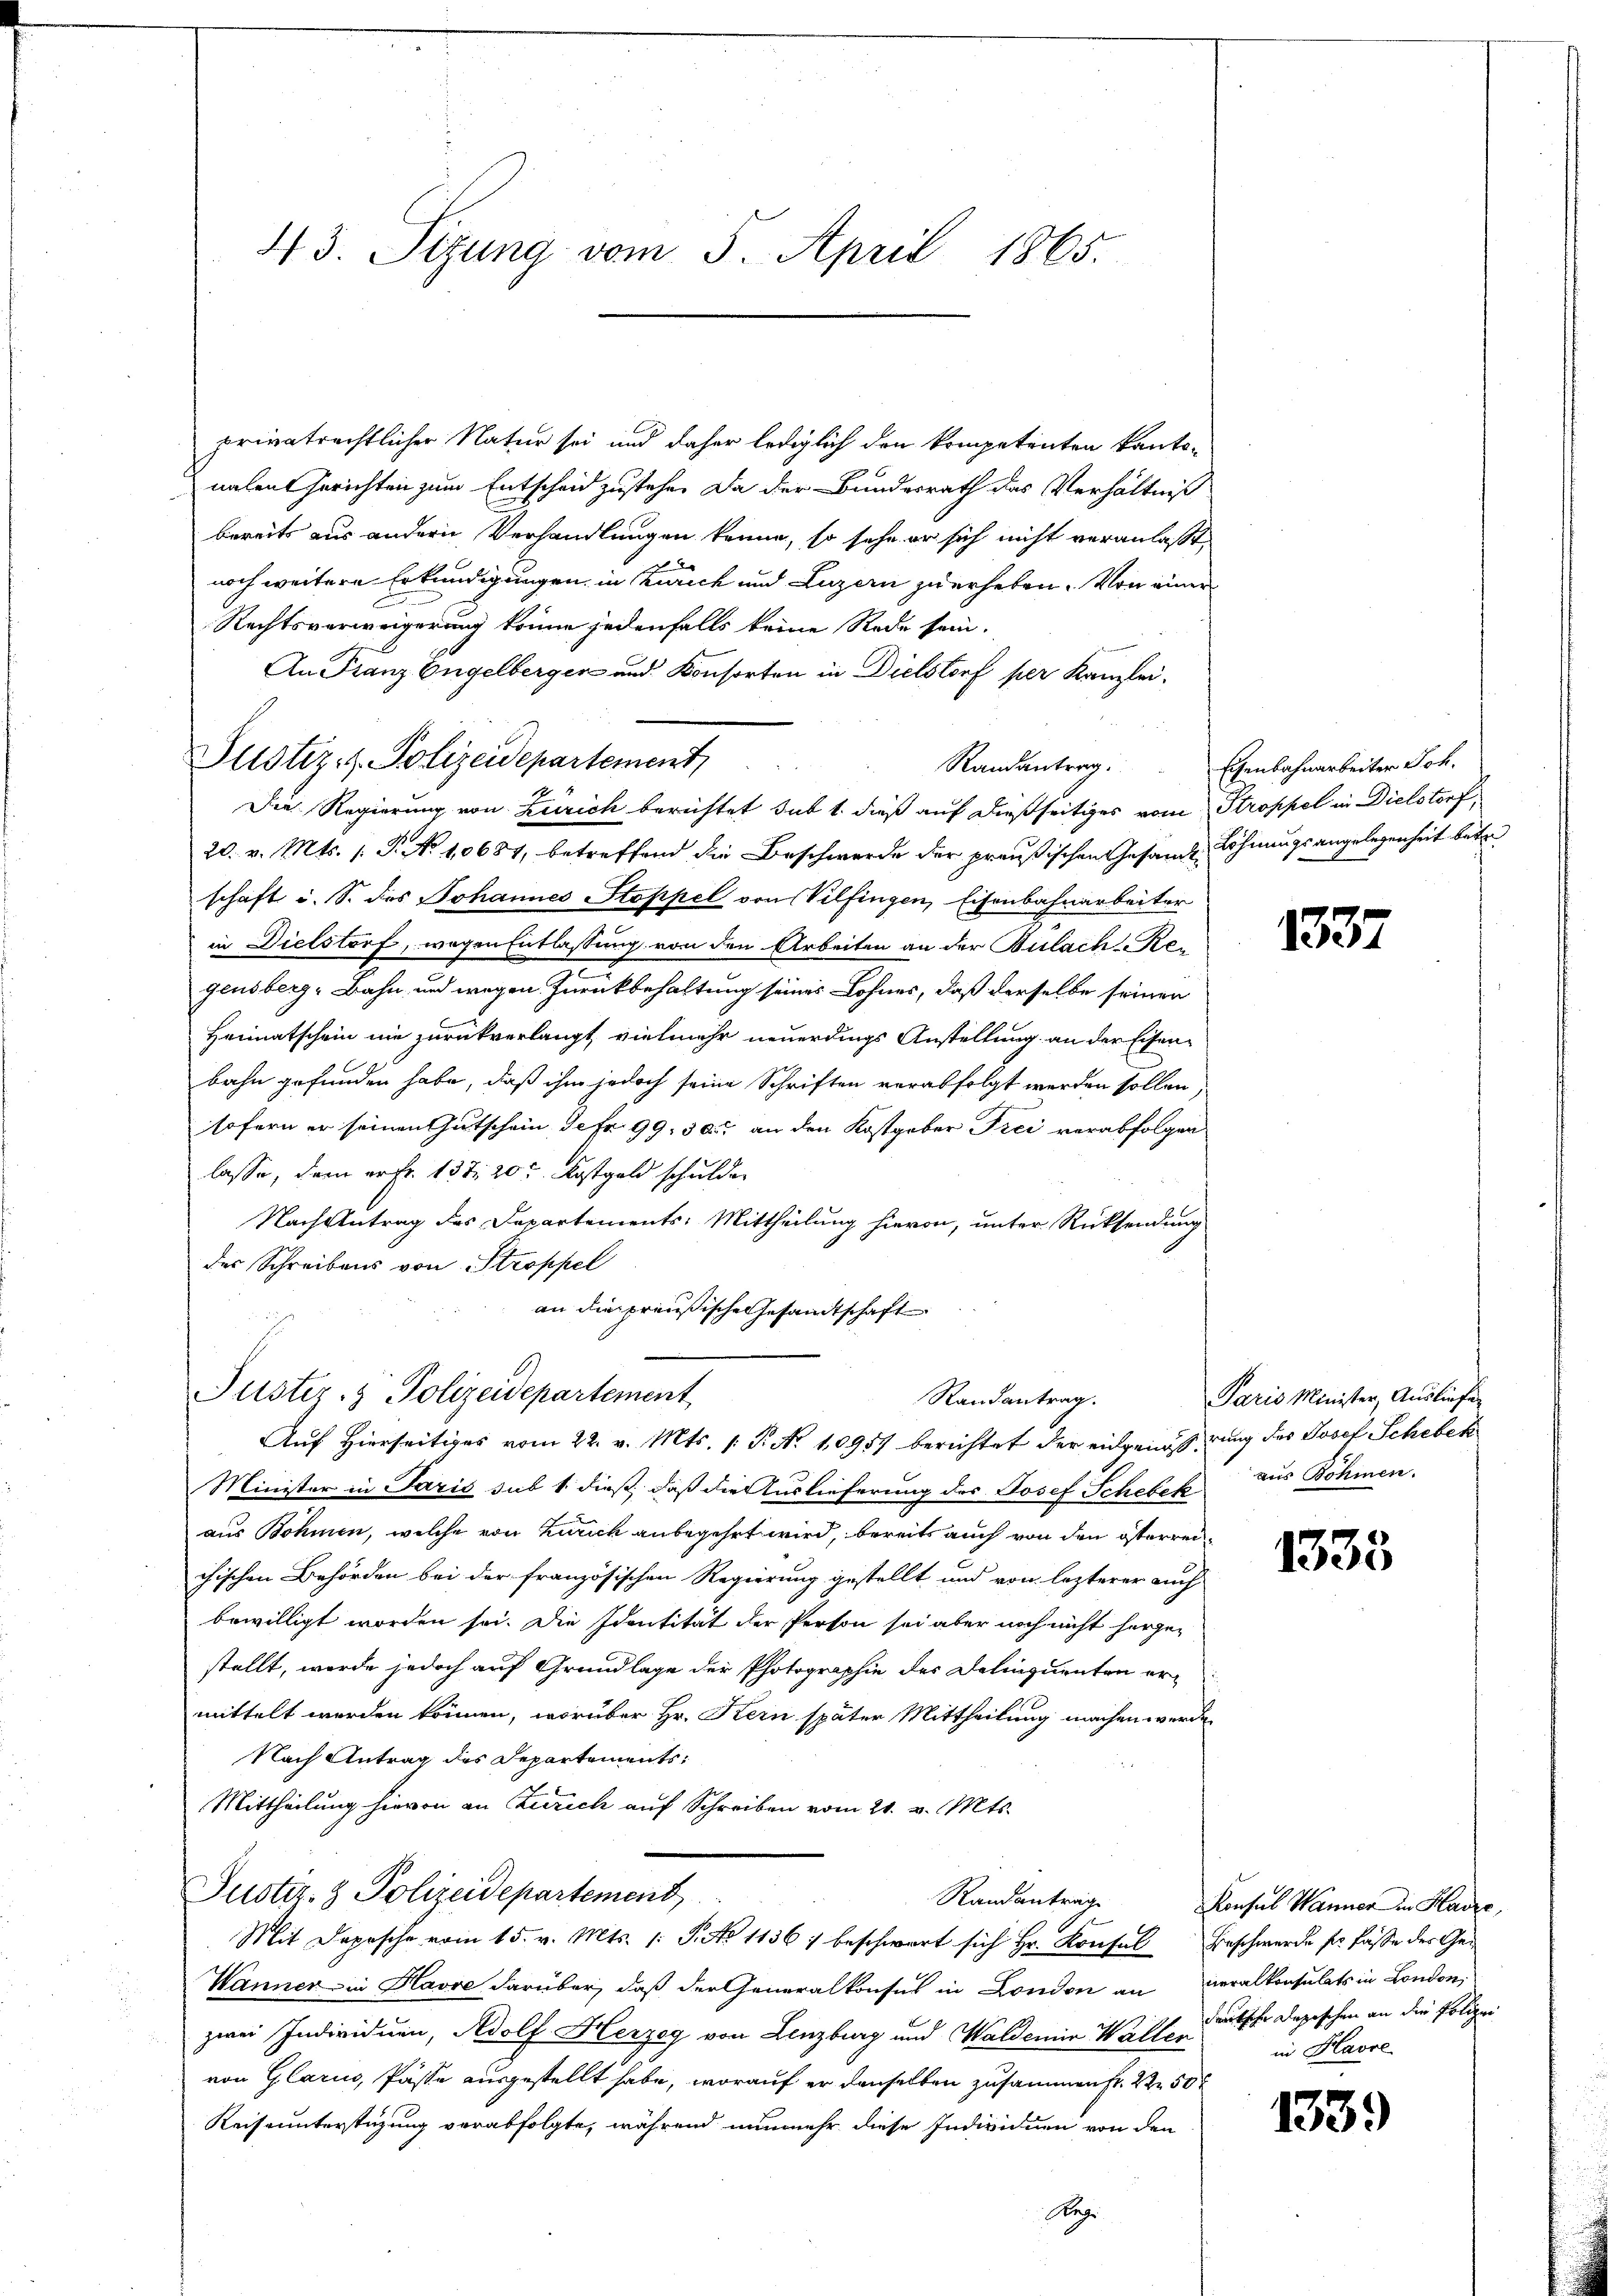
43. Sizung vom 5. April 1865.

Justiz- & Polizeidepartement,

privatrechtlicher Natur sei und daher lediglich den kompetenten kantonalen Gerichten zum Entscheid zustehe. Da der Bundesrath das Verhältniß
bereits aus andern Verhandlungen könne, so sehe er sich nicht veranlaßt,
noch weitere Erkundigungen in Zürich und Luzern zu erheben. Von einer
Rechtsverweigerung könne jedenfalls keine Rede sein.
An Franz Engelberger und Konsorten in Dielstorf per Kanzlei.
Randantrag.
Die Regierung von Zürich berichtet sub 1. dieß auf dießseitiges vom Stroppel in Dielstorf,
20. v. Mts. 1. P. No 10681, betreffend die Beschwerde der preußischen Gesandte Löhnungsangelegenheit betr
schaft i. S. des Johannes Stoppel von Vilfingen, Eisenbahnarbeiter
in Dietstorf, wegen Entlassung von den Arbeiten an der Bulach Ree
gensberg-Bahn und wegen Zurückbehaltung seines Lohnes, daß derselbe seinen
f
Heimatschein nie zurückverlangt, vielmehr neuerdings Anstellung an der Eisenbahn gefunden habe, daß ihm jedoch seine Schriften verabfolgt werden sollen,
sofern er seinen Gutschein Jefr. 99, 30 an den Kostgeber Frei verabfolgen
lasse, dem er Fr. 137. 20t Kostgeld schulden
Nach Antrag des Departements: Mittheilung hievon, unter Rücksendung
der Schreibens von Stroppel
an die preußische Gesandtschaft

Justiz- & Polizeidepartement
Randantrag.
Auf Hierseitiges vom 22. v. Mts. 1. P. Nr. 10957 berichtet der eingenößerung des Josef Schebek

Eisenbahnarbeiter Joh.

Minister in Paris sub 1. dieß, daß die Auslieferung des Josef Schebek aus Böhmen.
aus Böhmen, welche von Zürich anbegehrt wird, bereits auch von den österreichischen Behörden bei der französischen Regierung gestellt und von lezterer auch
bewilligt worden sei. Die Identität der Person sei aber noch nicht hergestellt, werde jedoch auf Grundlage der Photographie des Delinquenten ermittelt werden können, worüber Hr. Kern später Mittheilung machen werde,
Nach Antrag des Departements,
Mittheilung hievon an Zürich auf Schreiben vom 21. v. Mts.
Puster- & Polizeidepartement
Randantrag
Mit Depesche vom 15. v. Mts. 1. S. No 1136) beschwart sich Hr. Konsul Beschwerde sr. Fasse der Ge¬
Wanner in Havre darüber, daß der Generalkonsus in London an veralkonsulats in London,
zwei Individuen, Adolf Herzog von Lenzburg und Waldena Waltersche Depeschen an die Polizei
von Glarus, Pässe ausgestellt habe, worauf er denselben zusammen fr. 2 50
Keiseunterstüzung verabfolgte, während nunmehr diese Individuen von den
Reg

1337

Paris Minister, Ausliefe

1335

Konsul Männer in Hadze,
in Havre

1339